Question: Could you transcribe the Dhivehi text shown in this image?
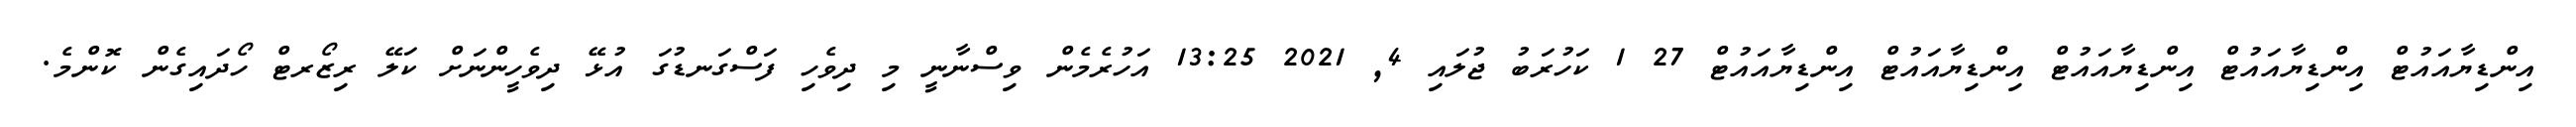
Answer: އިންޑިޔާއައުޓް އިންޑިޔާއައުޓް އިންޑިޔާއައުޓް އިންޑިޔާއައުޓް އިންޑިޔާއައުޓް 27 1 ކަހުރަބު ޖުލައި 4, 2021 13:25 އަހުރެމެން ވިސްނާނީ މި ދިވެހި ފަސްގަނޑުގަ އުޅޭ ދިވެހީންނަށް ކަލޭ ރިޒޯރޓް ހޯދައިގެން ކޮންމެ.